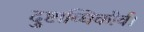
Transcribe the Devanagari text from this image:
दुष्टाब्धिकौर्व।